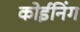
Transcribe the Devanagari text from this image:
कोईनिंग